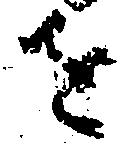
を